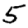
Digit: 5